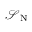
\mathcal { S } _ { \mathrm { ~ N ~ } }